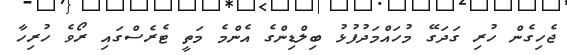
ޖެހިގެން ހުރި ގަދަގޭ މުހައްމަދުފުޅު ބިލްޑިންގެ އެންމެ މަތީ ޓެރެސްގައި ރޯވެ ހުރިހާ